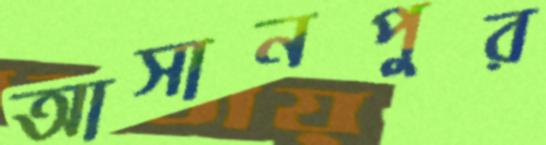
আসানপুর